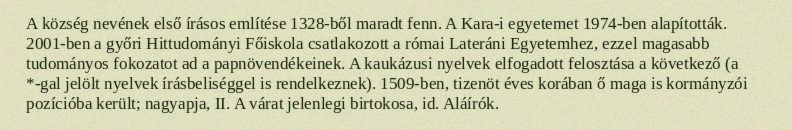
A község nevének első írásos említése 1328-ből maradt fenn. A Kara-i egyetemet 1974-ben alapították. 2001-ben a győri Hittudományi Főiskola csatlakozott a római Lateráni Egyetemhez, ezzel magasabb tudományos fokozatot ad a papnövendékeinek. A kaukázusi nyelvek elfogadott felosztása a következő (a *-gal jelölt nyelvek írásbeliséggel is rendelkeznek). 1509-ben, tizenöt éves korában ő maga is kormányzói pozícióba került; nagyapja, II. A várat jelenlegi birtokosa, id. Aláírók.